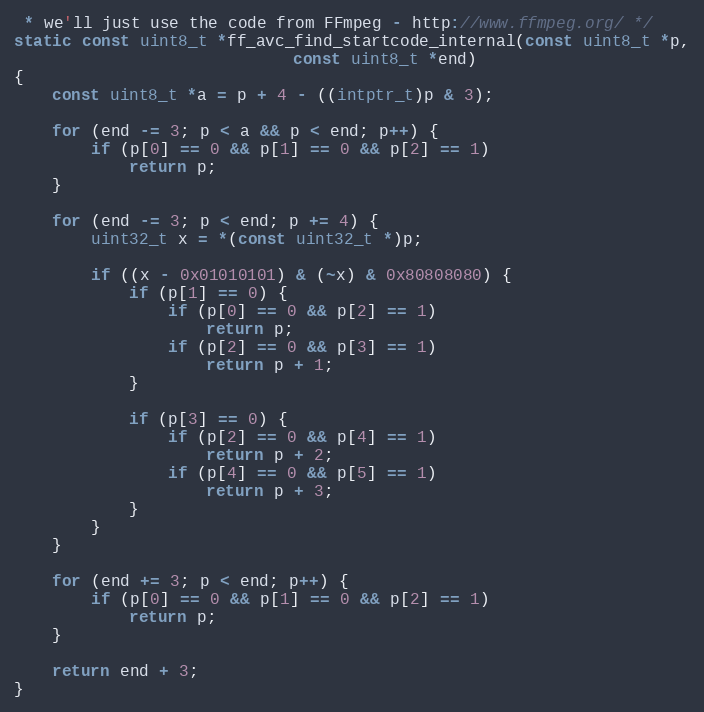
Language: C
 * we'll just use the code from FFmpeg - http://www.ffmpeg.org/ */
static const uint8_t *ff_avc_find_startcode_internal(const uint8_t *p,
						     const uint8_t *end)
{
	const uint8_t *a = p + 4 - ((intptr_t)p & 3);

	for (end -= 3; p < a && p < end; p++) {
		if (p[0] == 0 && p[1] == 0 && p[2] == 1)
			return p;
	}

	for (end -= 3; p < end; p += 4) {
		uint32_t x = *(const uint32_t *)p;

		if ((x - 0x01010101) & (~x) & 0x80808080) {
			if (p[1] == 0) {
				if (p[0] == 0 && p[2] == 1)
					return p;
				if (p[2] == 0 && p[3] == 1)
					return p + 1;
			}

			if (p[3] == 0) {
				if (p[2] == 0 && p[4] == 1)
					return p + 2;
				if (p[4] == 0 && p[5] == 1)
					return p + 3;
			}
		}
	}

	for (end += 3; p < end; p++) {
		if (p[0] == 0 && p[1] == 0 && p[2] == 1)
			return p;
	}

	return end + 3;
}